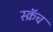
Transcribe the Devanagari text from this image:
स्क्रॅच